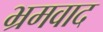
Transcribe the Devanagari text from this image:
भ्रमवाद